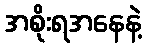
အစိုးရအနေနဲ့